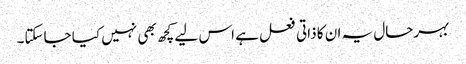
بہرحال یہ ان کا ذاتی فعل ہے اس لیے کچھ بھی نہیں کیا جاسکتا۔